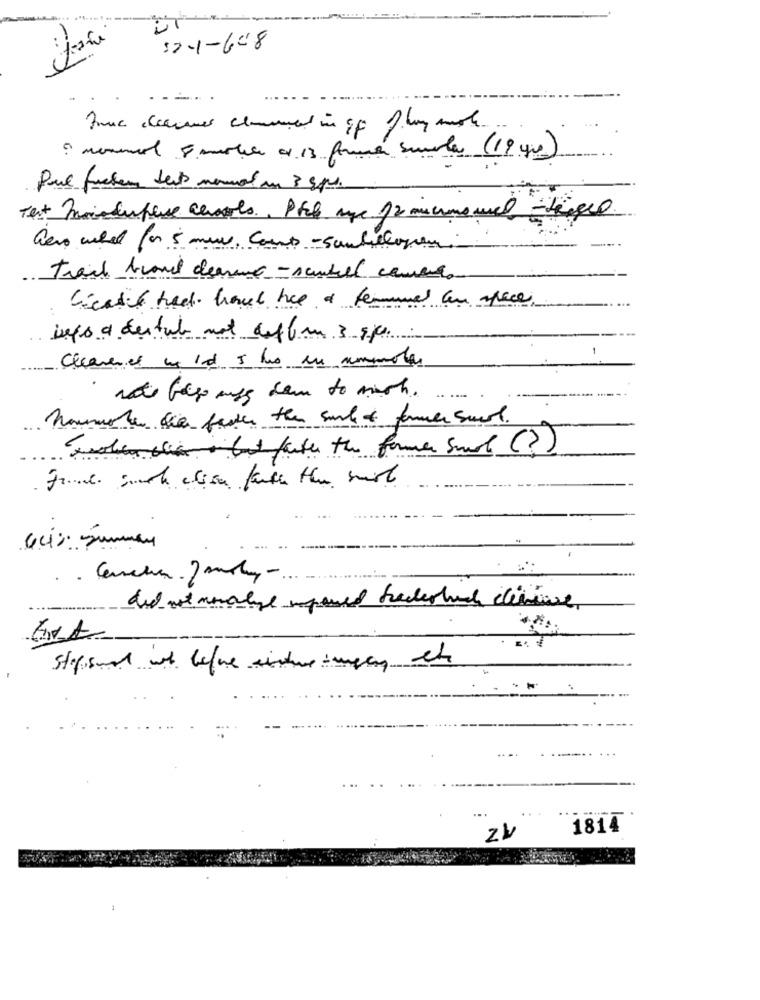
it
12-1-648
- -
: manual 8 meter 0 13 former surla (19 yes)
Que facteur text normal un 3 sps.
Gero utet for 5 mw, Courts -Sambelogen
Cicatil ted. howel hee a termune an space
isps a destube not det 6 3 gp
-
Clearen el me 10 5 ho en sompotas
rate ble muss can to mich ....
Normale die faster the surl & farmer surl.
Holandia , but with the former sund (?)
Stopsend it before sichere means the
...
1814
Zł